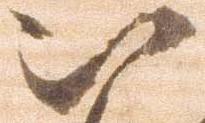
被